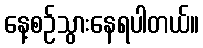
နေ့စဉ်သွားနေရပါတယ်။